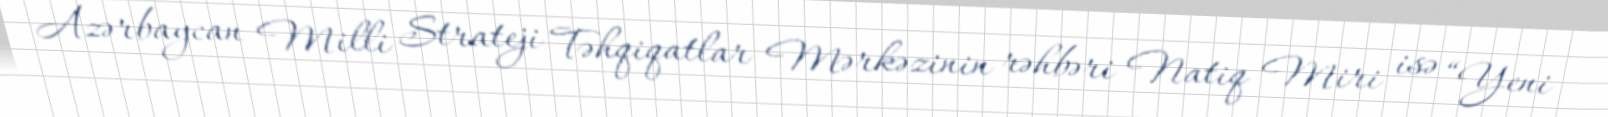
Azərbaycan Milli Strateji Təhqiqatlar Mərkəzinin rəhbəri Natiq Miri isə “Yeni